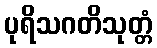
ပုရိသဂတိသုတ္တံ